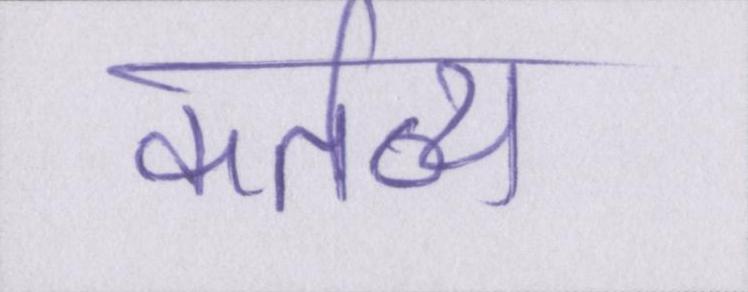
कर्तव्य